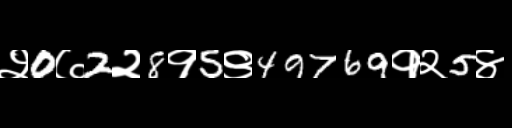
Text: २0७2२8१5९49769१२5४